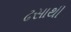
ઢસાથી